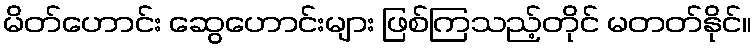
မိတ်ဟောင်း ဆွေဟောင်းများ ဖြစ်ကြသည့်တိုင် မတတ်နိုင်။